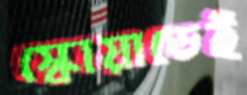
স্কোয়াডেই